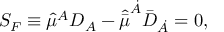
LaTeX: S _ { F } \equiv \hat { \mu } ^ { A } D _ { A } - \hat { \bar { \mu } } ^ { \dot { A } } { \bar { D } } _ { \dot { A } } = 0 ,